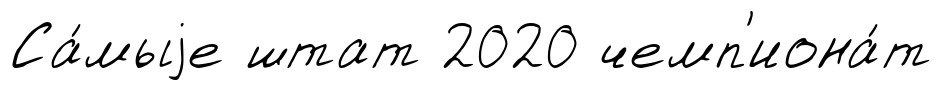
Са́мыjе штат 2020 чемп'иона́т